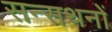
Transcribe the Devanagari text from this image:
सन्सथनों